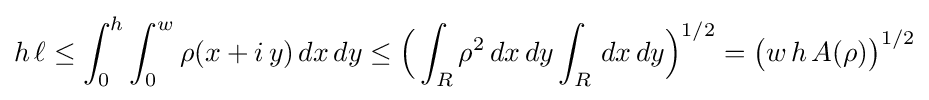
h\,\ell \leq \int _{0}^{h}\int _{0}^{w}\rho (x+i\,y)\,dx\,dy\leq {\Bigl (}\int _{R}\rho ^{2}\,dx\,dy\int _{R}\,dx\,dy{\Bigr )}^{1/2}={\bigl (}w\,h\,A(\rho ){\bigr )}^{1/2}